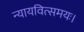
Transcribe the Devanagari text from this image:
न्यायवित्समयः।